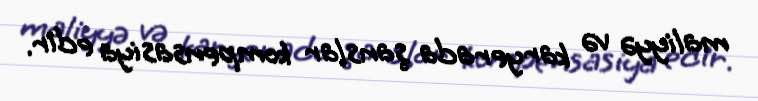
maliyyə və karyerada şanslar kompensasiya edir.